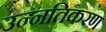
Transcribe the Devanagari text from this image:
उन्नतिकरण